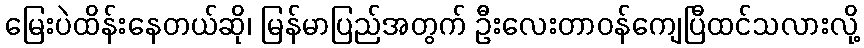
မြေးပဲထိန်းနေတယ်ဆို၊ မြန်မာပြည်အတွက် ဦးလေးတာဝန်ကျေပြီထင်သလားလို့